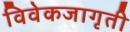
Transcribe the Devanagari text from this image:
विवेकजागृती